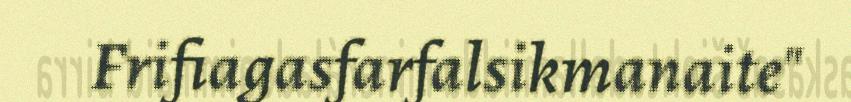
Frifiagasfarfalsikmanaite"